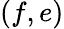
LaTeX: (f,e)